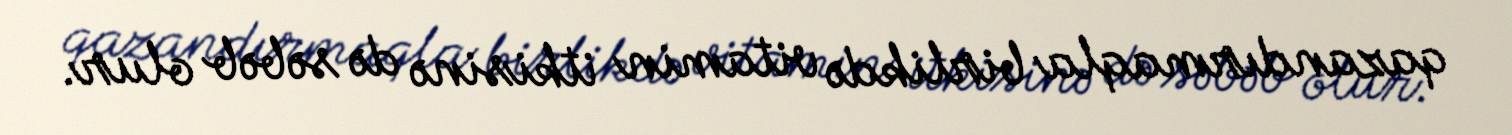
qazandırmaqla birlikdə vitamin itkisinə də səbəb olur.